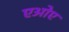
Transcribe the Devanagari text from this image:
एओए